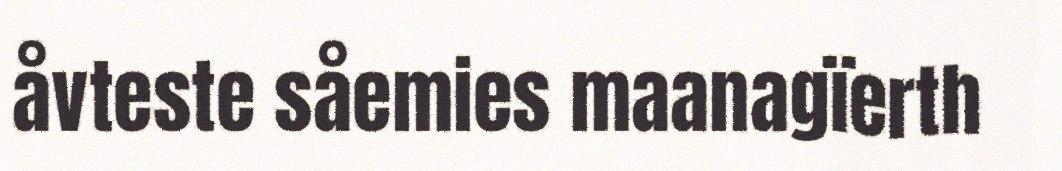
åvteste såemies maanagïerth